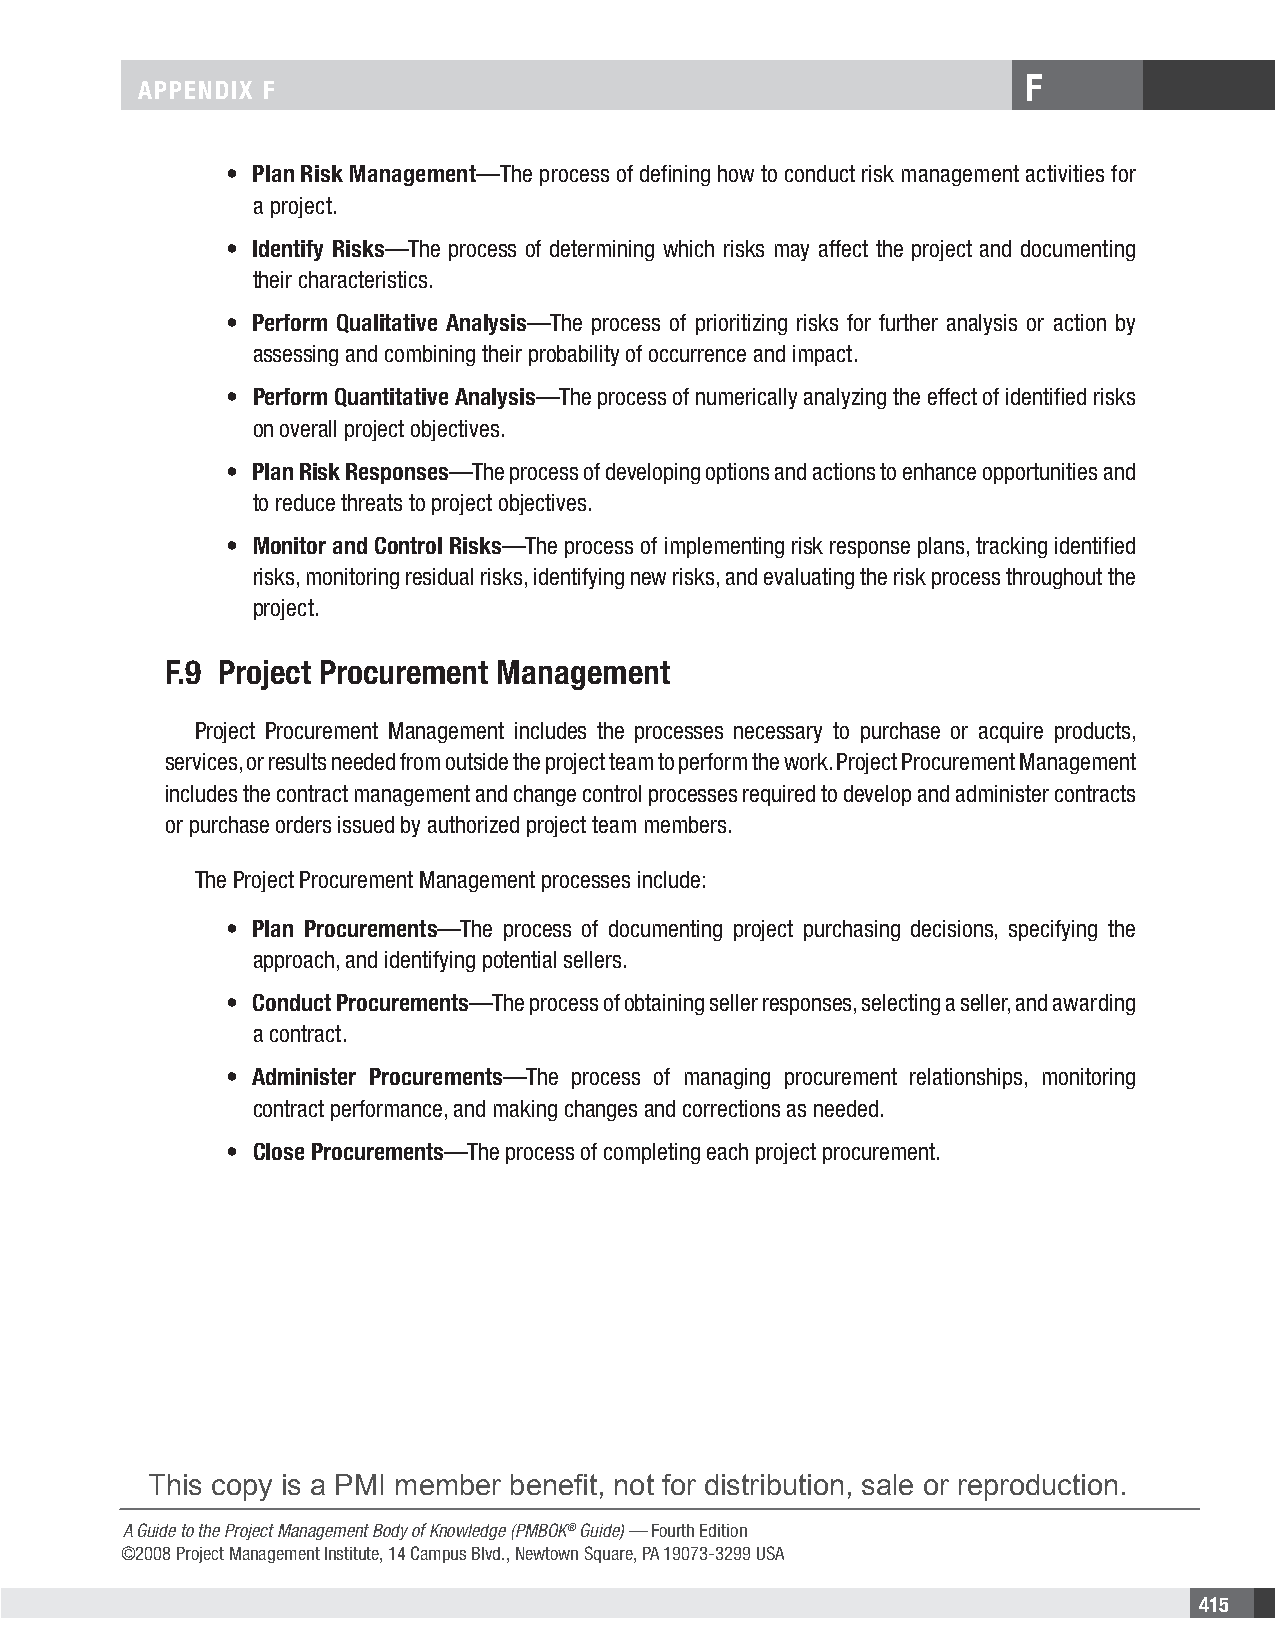
F
 APPENDIX F
 • Plan Risk Management—The process of defining how to conduct risk management activities for
 a project.
 • Identify Risks—The process of determining which risks may affect the project and documenting
 their characteristics.
 • Perform Qualitative Analysis—The process of prioritizing risks for further analysis or action by
 assessing and combining their probability of occurrence and impact.
 • Perform Quantitative Analysis—The process of numerically analyzing the effect of identified risks
 on overall project objectives.
 • Plan Risk Responses—The process of developing options and actions to enhance opportunities and
 to reduce threats to project objectives.
 • Monitor and Control Risks—The process of implementing risk response plans, tracking identified
 risks, monitoring residual risks, identifying new risks, and evaluating the risk process throughout the
 project.
 F.9 Project Procurement Management
 Project Procurement Management includes the processes necessary to purchase or acquire products,
 services, or results needed from outside the project team to perform the work. Project Procurement Management
 includes the contract management and change control processes required to develop and administer contracts
 or purchase orders issued by authorized project team members.
 The Project Procurement Management processes include:
 • Plan Procurements—The process of documenting project purchasing decisions, specifying the
 approach, and identifying potential sellers.
 • Conduct Procurements—The process of obtaining seller responses, selecting a seller, and awarding
 a contract.
 • Administer Procurements—The process of managing procurement relationships, monitoring
 contract performance, and making changes and corrections as needed.
 • Close Procurements—The process of completing each project procurement.
 This copy is a PMI member benefit, not for distribution, sale or reproduction.
 A Guide to the Project Management Body of Knowledge (PMBOK® Guide) — Fourth Edition
 ©2008 Project Management Institute, 14 Campus Blvd., Newtown Square, PA 19073-3299 USA
 415